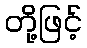
တို့ဖြင့်